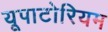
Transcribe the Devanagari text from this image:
यूपाटोरियम